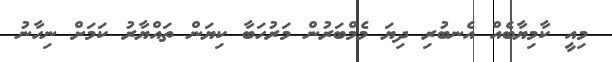
މިއީ ކާމިޔާބެއް އެނބުރި ދިޔަ މެމްބަރުން މަރުހަބާ ކިޔަން ތައްޔާރު ކަމަށް ނިހާނު